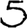
Digit: 5